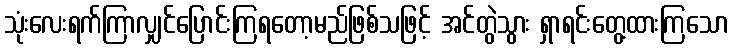
သုံးလေးရက်ကြာလျှင်ပြောင်းကြရတော့မည်ဖြစ်သဖြင့် အင်တွဲသွား ရှာရင်းတွေ့ထားကြသော